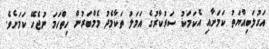
އަގުލަބިއްޔަތު ކަމަށާއި އެކަމަކު ސަރުކާރުގެ އަމަލު ތަކާމެދު މެމްބަރުން ހިތްހަމަ ނުޖެހޭ ކަމަށެވެ.